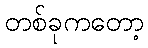
တစ်ခုကတော့